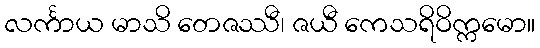
လင်္ကာယ မာသိ တေဇဿီ၊ ဇယီ ကေသရိဝိက္ကမော။